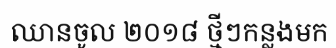
ឈានចូល ២០១៨ ថ្មីៗកន្លងមក